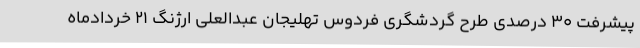
پیشرفت 30 درصدی طرح گردشگری فردوس تهلیجان عبدالعلی ارژنگ 21 خردادماه